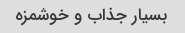
بسیار جذاب و خوشمزه